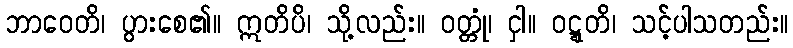
ဘာဝေတိ၊ ပွားစေ၏။ ဣတိပိ၊ သို့လည်း။ ဝတ္တုံ၊ ငှါ။ ဝဋ္ဋတိ၊ သင့်ပါသတည်း။